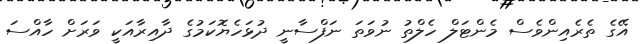
އޭގެ ތެރެއިންވެސް މެންޓަލް ހެލްތު ނުވަތަ ނަފްސާނީ ދުޅަހެޔޮކަމުގެ ދާއިރާއަކީ ވަރަށް ހާއްސަ